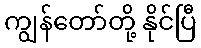
ကျွန်တော်တို့ နိုင်ပြီ